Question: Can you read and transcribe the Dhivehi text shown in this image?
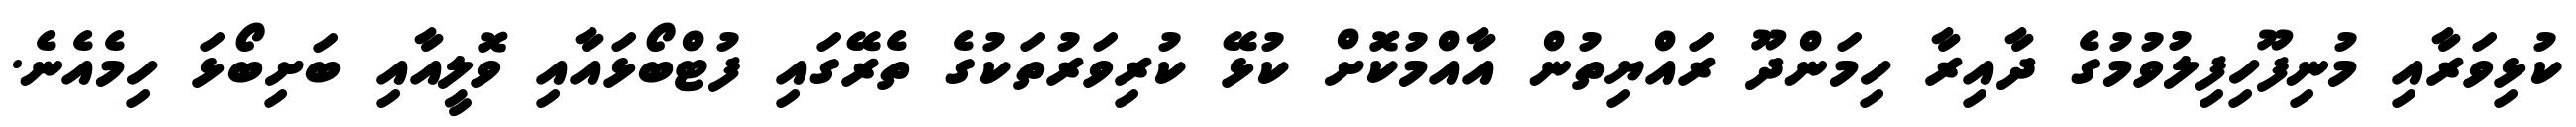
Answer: ކުޅިވަރާއި މުނިފޫހިފިލުވުމުގެ ދާއިރާ ހިމަންދޫ ރައްޔިތުން އާއްމުކޮށް ކުޅޭ ކުރިވަރުތަކުގެ ތެރޭގައި ފުޓްބޯޅައާއި ވޮލީއާއި ބަށިބޯޅަ ހިމެއެނެ.